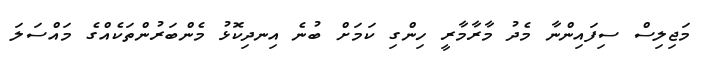
މަޖިލިސް ސިފައިންނާ މެދު މާރާމާރީ ހިންގި ކަމަށް ބުނެ އިނދިކޮޅު މެންބަރުންތަކެއްގެ މައްސަލަ